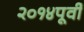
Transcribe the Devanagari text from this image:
२०१४पूर्वी